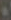
+